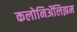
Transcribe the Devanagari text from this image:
कलोनिॲलिझम